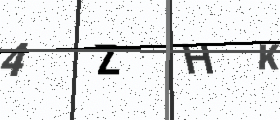
Text: 4ZHK